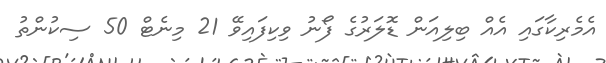
އެމެރިކާގައި އެއް ބިލިއަން ޑޮލަރުގެ ފޯނު ވިކިފައިވޭ 21 މިނެޓް 50 ސިކުންތު